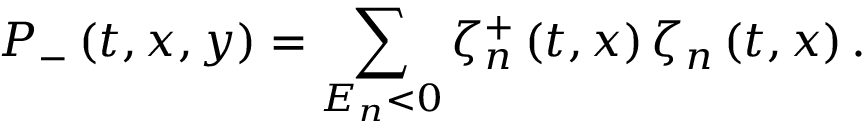
P _ { - } \left( t , x , y \right) = \sum _ { E _ { n } < 0 } \zeta _ { n } ^ { + } \left( t , x \right) \zeta _ { n } \left( t , x \right) .